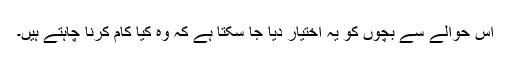
اس حوالے سے بچوں کو یہ اختیار دیا جا سکتا ہے کہ وہ کیا کام کرنا چاہتے ہیں۔